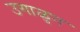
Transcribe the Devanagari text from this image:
उगाळुन